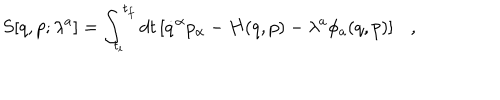
S [ q , p ; \lambda ^ { a } ] = \int _ { t _ { i } } ^ { t _ { f } } d t \left[ \dot { q } ^ { \alpha } p _ { \alpha } - H ( q , p ) - \lambda ^ { a } \phi _ { a } ( q , p ) \right] \ \ \ ,